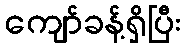
ကျော်ခန့်ရှိပြီး